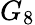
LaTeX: G_{8}